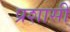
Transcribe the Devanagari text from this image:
प्रशासी